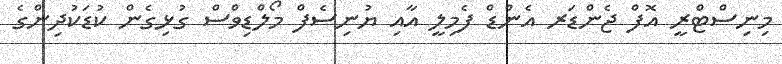
މިނިސްޓްރީ އޮފް ޖެންޑަރ އެންޑް ފެމިލީ އާއި ޔުނިސެފް މޯލްޑިވްސް ގުޅިގެން ކުޑަކުދިންގެ